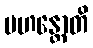
မဟန္တောတိ